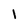
Character: I